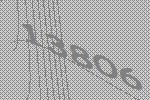
13806